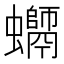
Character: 𧔽